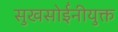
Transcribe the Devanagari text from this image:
सुखसोईंनीयुक्त